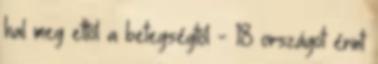
hal meg ettől a betegségtől - 18 országot érint